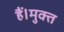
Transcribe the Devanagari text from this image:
हैं।मुक्त